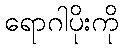
ရောဂါပိုးကို